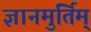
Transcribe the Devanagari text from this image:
ज्ञानमुर्तिम्‌